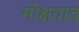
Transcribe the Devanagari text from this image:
मोक्षवाद